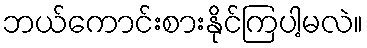
ဘယ်ကောင်းစားနိုင်ကြပါ့မလဲ။